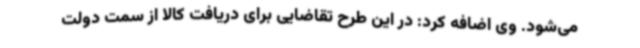
می‌شود. وی اضافه کرد: در این طرح تقاضایی برای دریافت کالا از سمت دولت